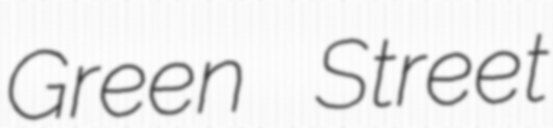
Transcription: Green Street